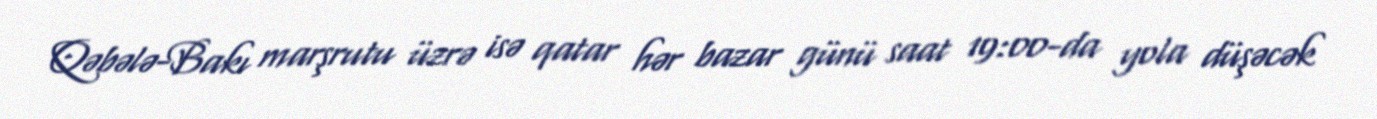
Qəbələ-Bakı marşrutu üzrə isə qatar hər bazar günü saat 19:00-da yola düşəcək